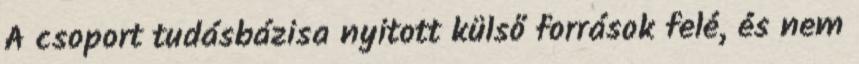
A csoport tudásbázisa nyitott külső források felé, és nem